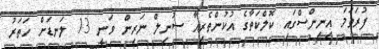
ފުރަތަމަ އިނިންސްގައި ކޮލްކަތާގެ އުކުންތެރިއާ ސުނިލް ނަރިން ވަނީ 13 ލަނޑަށް ހަތަރު